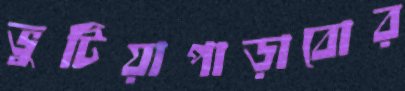
ভুটিয়াপাড়াবোর